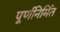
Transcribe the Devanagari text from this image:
पूर्णनिर्मित